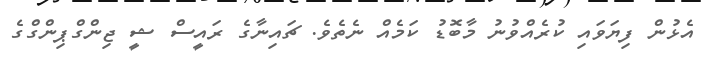
އެޅުން ފިޔަވައި ކުރެއްވުނު މާބޮޑު ކަމެއް ނެތެވެ. ޗައިނާގެ ރައީސް ޝީ ޖިންގްޕިންގްގެ